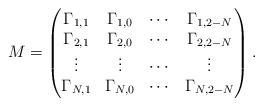
LaTeX: \begin{align*}M=\begin{pmatrix}\Gamma_{1,1} & \Gamma_{1,0} & \cdots & \Gamma_{1,2-N} \\\Gamma_{2,1} & \Gamma_{2,0} & \cdots & \Gamma_{2,2-N} \\\vdots & \vdots & \cdots & \vdots \\\Gamma_{N,1} & \Gamma_{N,0} & \cdots & \Gamma_{N,2-N}\end{pmatrix}.\end{align*}